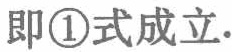
即\textcircled{1}式成立.